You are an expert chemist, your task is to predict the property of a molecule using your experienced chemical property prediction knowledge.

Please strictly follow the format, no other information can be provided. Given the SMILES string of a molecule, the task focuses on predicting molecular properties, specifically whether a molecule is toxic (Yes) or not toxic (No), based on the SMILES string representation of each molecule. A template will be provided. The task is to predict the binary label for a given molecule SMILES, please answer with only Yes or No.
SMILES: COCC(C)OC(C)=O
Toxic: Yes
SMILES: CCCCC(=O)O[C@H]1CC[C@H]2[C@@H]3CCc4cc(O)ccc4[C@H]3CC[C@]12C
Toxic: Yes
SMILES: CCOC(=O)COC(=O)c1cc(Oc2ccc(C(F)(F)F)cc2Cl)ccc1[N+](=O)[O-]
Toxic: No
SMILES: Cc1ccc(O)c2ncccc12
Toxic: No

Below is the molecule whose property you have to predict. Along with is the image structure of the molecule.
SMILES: CC(=O)NC(=O)c1ccccc1O
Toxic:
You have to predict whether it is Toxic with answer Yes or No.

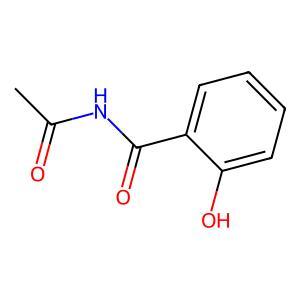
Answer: No